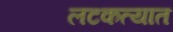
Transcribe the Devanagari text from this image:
लटकत्यात